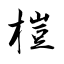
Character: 榿